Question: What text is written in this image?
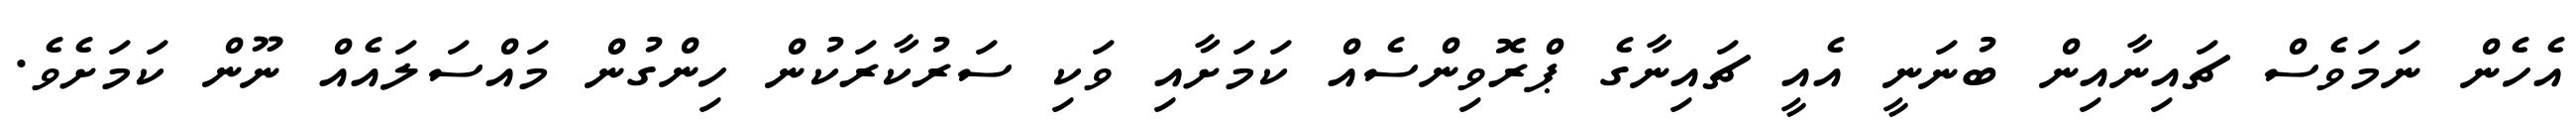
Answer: އެހެން ނަމަވެސް ޗައިނާއިން ބުނަނީ އެއީ ޗައިނާގެ ޕްރޮވިންސެއް ކަމަށާއި ވަކި ސަރުކާރަކުން ހިންގުން މައްސަލައެއް ނޫން ކަމަށެވެ.